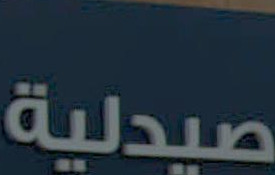
صيدلية